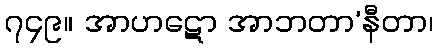
၇၄၉။ အာဟဋော အာဘတာ’နီတာ၊